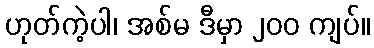
ဟုတ်ကဲ့ပါ၊ အစ်မ ဒီမှာ ၂၀၀ ကျပ်။